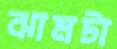
ঝামটা